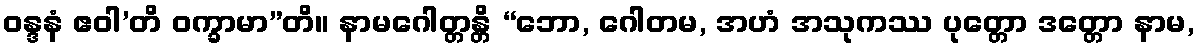
ဝန္ဒနံ ဧဝါ’တိ ဝက္ခာမာ”တိ။ နာမဂေါတ္တန္တိ “ဘော, ဂေါတမ, အဟံ အသုကဿ ပုတ္တော ဒတ္တော နာမ,